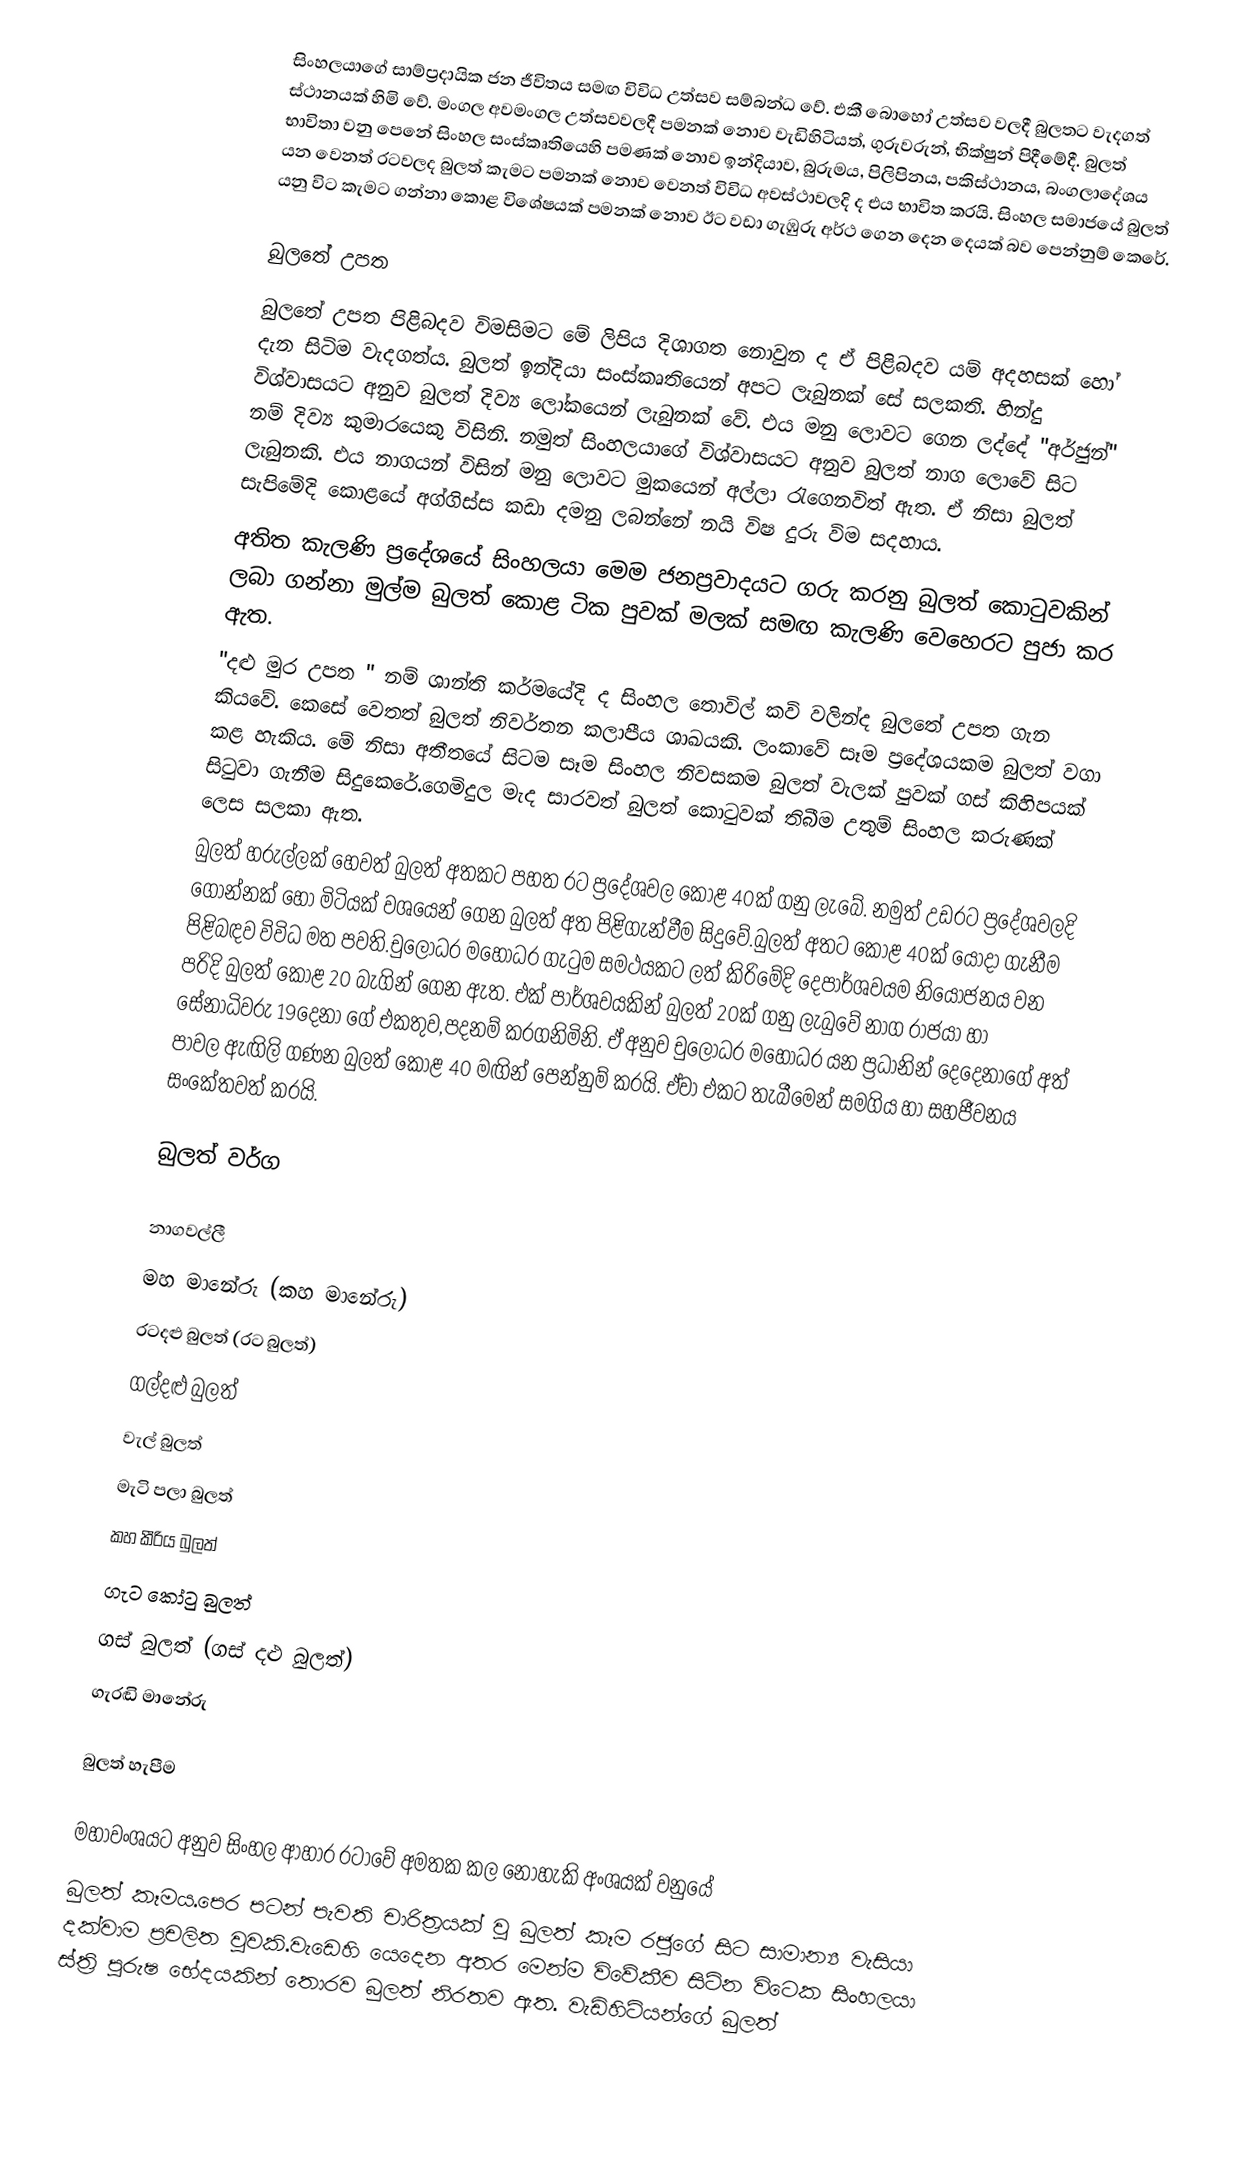
සිංහලයාගේ සාම්ප්‍රදායික ජන ජීවිතය සමඟ විවිධ උත්සව සම්බන්ධ වේ. එකී බොහෝ උත්සව වලදී බුලතට වැදගත් ස්ථානයක් හිමි වේ. මංගල අවමංගල උත්සවවලදී පමනක් නොව වැඩිහිටියත්, ගුරුවරුන්, භික්ෂුන් පිදීමේදී. බුලත් භාවිතා වනු  පෙනේ සිංහල සංස්කෘතියෙහි පමණක් නොව ඉන්දියාව, බුරුමය, පිලිපිනය, පකිස්ථානය, බංගලාදේශය යන වෙනත් රටවලද බුලත් කැමට පමනක් නොව වෙනත් විවිධ අවස්ථාවලදි ද එය භාවිත කරයි. සිංහල සමාජයේ බුලත් යනු විට කැමට ගන්නා කොළ විශේෂයක් පමනක් නොව ඊට වඩා ගැඹුරු අර්ථ ගෙන දෙන දෙයක් බව පෙන්නුම් කෙරේ.

බුලතේ උපත
බුලතේ උපත පිළිබදව විමසිමට මේ ලිපිය දිශාගත නොවුන ද ඒ පිළිබදව යම් අදහසක් හෝ දැන සිටිම වැදගත්ය. බුලත් ඉන්දියා සංස්කෘතියෙන් අපට ලැබුනක් සේ සලකති. හින්දු විශ්වාසයට අනුව බුලත් දිව්‍ය ලෝකයෙන් ලැබුනක් වේ. එය මනු ලොවට ගෙන ලද්දේ "අර්ජුන්" නම් දිව්‍ය කුමාරයෙකු විසිනි. නමුත් සිංහලයාගේ විශ්වාසයට අනුව බුලත් නාග ලොවේ සිට ලැබුනකි. එය නාගයන් විසින් මනු ලොවට මුකයෙන් අල්ලා රැගෙනවිත් ඇත. ඒ නිසා බුලත් සැපිමේදි කොළයේ අග්ගිස්ස කඩා දමනු ලබන්නේ නයි විෂ දුරු විම සදහාය.
අතිත කැලණි ප්‍රදේශයේ සිංහලයා මෙම ජනප්‍රවාදයට ගරු කරනු බුලත් කොටුවකින් ලබා ගන්නා මුල්ම බුලත් කොළ ටික පුවක් මලක් සමඟ කැලණි වෙහෙරට පුජා කර ඇත.
"දළු මුර උපත " නම් ශාන්ති කර්මයේදි ද සිංහල තොවිල් කවි වලින්ද බුලතේ උපත ගැන කියවේ. කෙසේ වෙතත් බුලත් නිවර්තන කලාපීය ශාඛයකි. ලංකාවේ සෑම ප්‍රදේශයකම බුලත් වගා කළ හැකිය. මේ නිසා අතීතයේ සිටම සෑම සිංහල නිවසකම බුලත් වැලක් පුවක් ගස් කිහිපයක් සිටුවා ගැනීම සිදුකෙරේ.ගෙමිදුල මැද සාරවත් බුලත් කොටුවක් තිබීම උතුම් සිංහල කරුණක් ලෙස සලකා ඇත.
බුලත් හරුල්ලක් හෙවත් බුලත් අතකට පහත රට ප්‍රදේශවල කොළ 40ක් ගනු ලැබේ. නමුත් උඩරට ප්‍රදේශවලදි ගොන්නක් හෝ මිටියක් වශයෙන් ගෙන බුලත් අත පිළිගැන්වීම සිදුවේ.බුලත් අතට කොළ 40ක් යොදා ගැනීම පිළිබඳව විවිධ මත පවති.චුලෝධර මහෝධර ගැටුම සමථයකට ලත් කිරිමේදි දෙපාර්ශවයම නියෝජනය වන පරිදි බුලත් කොළ 20 බැගින් ගෙන ඇත. එක්  පාර්ශවයකින් බුලත් 20ක් ගනු ලැබුවේ නාග රාජයා හා සේනාධිවරු 19දෙනා ගේ එකතුව,පදනම් කරගනිමිනි. ඒ අනුව චුලෝධර මහෝධර යන ප්‍රධානින් දෙදෙනාගේ අත් පාවල ඇඟිලි ගණන බුලත් කොළ 40 මඟින් පෙන්නුම් කරයි. ඒවා එකට තැබීමෙන් සමගිය හා සහජීවනය සංකේතවත් කරයි.

බුලත් වර්ග

නාගවල්ලී
මහ මානේරු (කහ මානේරු)
රටදළු බුලත් (රට බුලත්)
ගල්දළු බුලත්
වැල් බුලත්
මැටි පලා බුලත්
කහ කීරිය බුලත්
ගැට කෝටු බුලත්
ගස් බුලත් (ගස් දළු බුලත්)
ගැරඬි මානේරු

බුලත් හැපීම

මහාවංශයට අනුව සිංහල ආහාර රටාවේ අමතක කල නොහැකි අංශයක් වනුයේ
බුලත් කෑමය.පෙර පටන් පැවති චාරිත්‍රයක් වු බුලත් කෑම රජුගේ සිට සාමාන්‍ය වැසියා දක්වාම ප්‍රචලිත වුවකි.වැඩෙහි යෙදෙන අතර මෙන්ම විවේකීව සිටින විටෙක සිංහලයා ස්ත්‍රි පුරුෂ භේදයකින් තොරව බුලත් නිරතව ඇත. වැඩිහිටියන්ගේ බුලත්